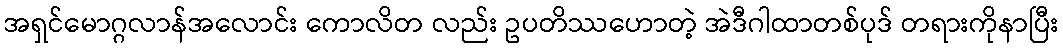
အရှင်မောဂ္ဂလာန်အလောင်း ကောလိတ လည်း ဥပတိဿဟောတဲ့ အဲဒီဂါထာတစ်ပုဒ် တရားကိုနာပြီး